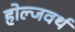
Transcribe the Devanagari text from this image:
होल्जवर्थ